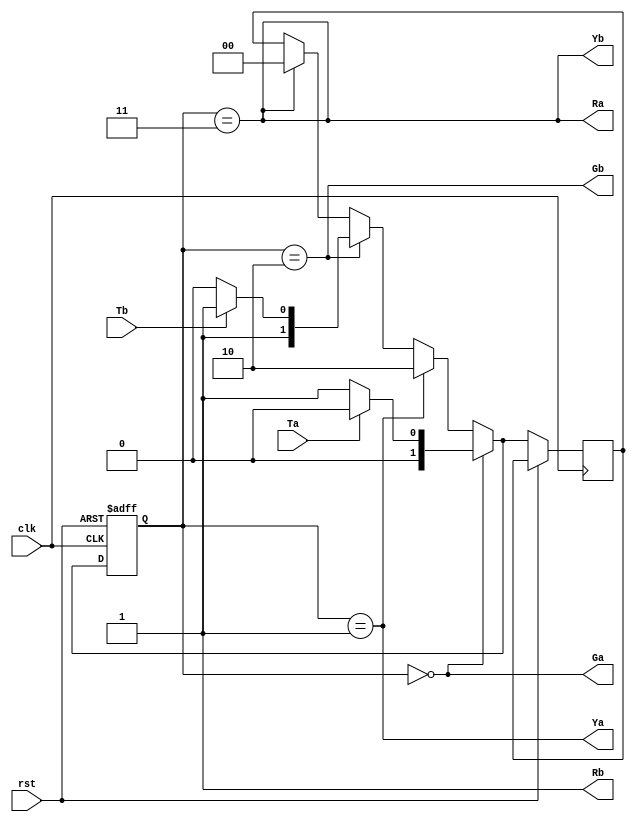

module Traffic_Light_Controller(Ta,Tb,clk,rst,Ra,Ga,Ya,Rb,Gb,Yb);

input clk,rst,Ta,Tb;

output Ra,Ga,Ya,Rb,Gb,Yb;

parameter S0 = 2'b00,S1 = 2'b01,S2 = 2'b10,S3 = 2'b11;

reg [1:0] state=S0,nextstate;

always@(posedge clk,posedge rst)
    if(rst)
      state<=S0;

    else
       begin
         if(state==S0)
           begin
             if(Ta)
             	nextstate=S0;

             else if(!Ta)
             	nextstate=S1;
           end
         else if(state==S1)
            nextstate=S2;

         else if(state==S2)
           begin
              if(Tb)
             	nextstate=S3;
              else if(!Tb)
             	nextstate=S2;
           end

         else if(state==S3)
           nextstate=S0;
       
       state<=nextstate;
       end

     assign Ra= (state==S3|S2);
     assign Ga= state==S0;
     assign Ya= state==S1;
     assign Rb= (state==S0|S1);
     assign Gb= state==S2;
     assign Yb= state==S3;
 
endmodule